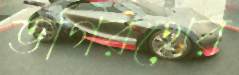
ভগিরথের